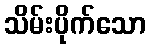
သိမ်းပိုက်သော